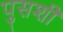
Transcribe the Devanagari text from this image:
पुसशी